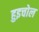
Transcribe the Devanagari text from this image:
हुइचोल